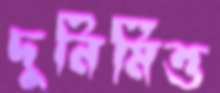
দুনির্মিত্ত